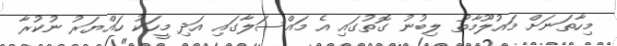
މިހާތަނަށް މައުލޫމާތު ލިބުނު ގޮތުގައި އެ މައްސަލާގައި އަދި މީހަކު ހައްޔަރު ނުކުރާ